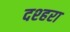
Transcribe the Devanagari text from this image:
दश्हरा